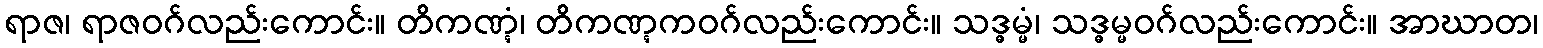
ရာဇ၊ ရာဇဝဂ်လည်းကောင်း။ တိကဏ္ဋံ၊ တိကဏ္ဋကဝဂ်လည်းကောင်း။ သဒ္ဓမ္မံ၊ သဒ္ဓမ္မဝဂ်လည်းကောင်း။ အာဃာတ၊